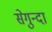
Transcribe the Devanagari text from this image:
सेगुन्दा